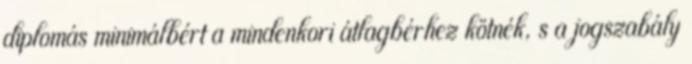
diplomás minimálbért a mindenkori átlagbérhez kötnék, s a jogszabály